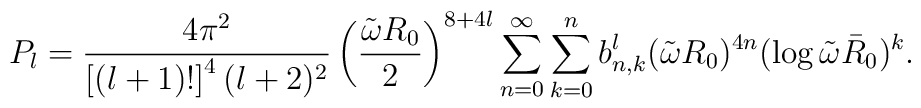
P_l = {{4 \pi^2 } \over { \left [ (l+1)! \right ]^4 (l+2)^2 } }   \left ( {{\tilde \omega R_0} \over 2 } \right )^{8+4l}   \sum_{n=0}^\infty \sum_{k=0}^n b_{n,k}^l (\tilde \omega R_0)^{4n}      (\log \tilde \omega \bar R_0 )^k.